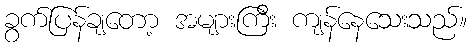
ခွက်ပြန်ချတော့ အများကြီး ကျန်နေသေးသည်။